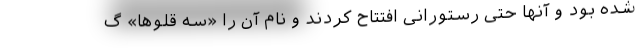
شده بود و آنها حتی رستورانی افتتاح کردند و نام آن را «سه قلوها» گ